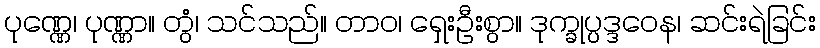
ပုဏ္ဏေ၊ ပုဏ္ဏာ။ တွံ၊ သင်သည်။ တာဝ၊ ရှေးဦးစွာ။ ဒုက္ခုပ္ပဒ္ဒဝေန၊ ဆင်းရဲခြင်း